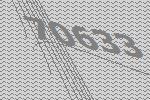
70633